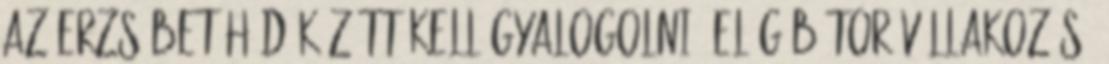
az Erzsébet híd között kell gyalogolni, elég bátor vállakozás,